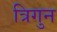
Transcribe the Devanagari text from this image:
त्रिगुन